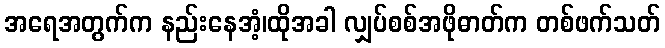
အရေအတွက်က နည်းနေအံ့၊ထိုအခါ လျှပ်စစ်အဖိုဓာတ်က တစ်ဖက်သတ်